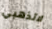
لاتذهبي